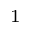
^ { 1 }